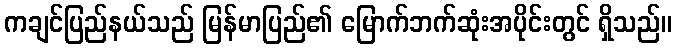
ကချင်ပြည်နယ်သည် မြန်မာပြည်၏ မြောက်ဘက်ဆုံးအပိုင်းတွင် ရှိသည်။